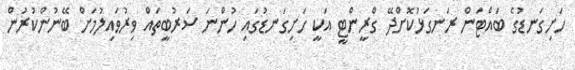
ހަށިގަނޑުގެ ބައްޓަން ރަނގަޅުކޮށްދޭ ގްރީންޓީ އަކީ ހަށިގަނޑުގައި ހުންނަ ސަރުބީތައް ވިރުވައިލުމަށް ބޭނުންކުރުން